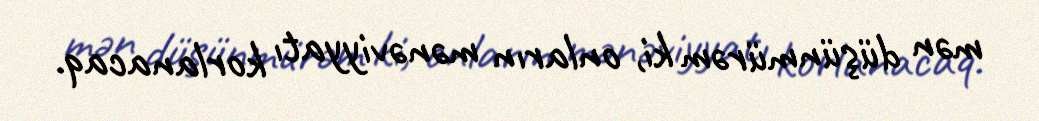
mən düşünmürəm ki, onların mənəviyyatı korlanacaq.